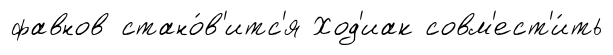
фавнов стано́в'итс'я Ход'иак совм'ест'и́ть